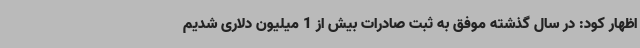
اظهار کود: در سال گذشته موفق به ثبت صادرات بیش از 1 میلیون دلاری شدیم